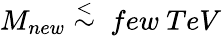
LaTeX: M_{new}\stackrel{<}{\sim}\ few\ TeV